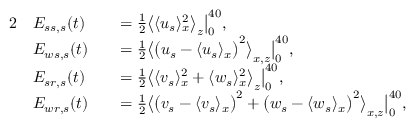
\begin{array} { r l r l } { { 2 } } & { E _ { s s , s } ( t ) } & & { = \frac { 1 } { 2 } \big \langle \langle u _ { s } \rangle _ { x } ^ { 2 } \big \rangle _ { z } \big | _ { 0 } ^ { 4 0 } , } \\ & { E _ { w s , s } ( t ) } & & { = \frac { 1 } { 2 } \big \langle \big ( u _ { s } - \langle u _ { s } \rangle _ { x } \big ) ^ { 2 } \big \rangle _ { x , z } \big | _ { 0 } ^ { 4 0 } , } \\ & { E _ { s r , s } ( t ) } & & { = \frac { 1 } { 2 } \big \langle \langle v _ { s } \rangle _ { x } ^ { 2 } + \langle w _ { s } \rangle _ { x } ^ { 2 } \big \rangle _ { z } \big | _ { 0 } ^ { 4 0 } , } \\ & { E _ { w r , s } ( t ) } & & { = \frac { 1 } { 2 } \big \langle \big ( v _ { s } - \langle v _ { s } \rangle _ { x } \big ) ^ { 2 } + \big ( w _ { s } - \langle w _ { s } \rangle _ { x } \big ) ^ { 2 } \big \rangle _ { x , z } \big | _ { 0 } ^ { 4 0 } , } \end{array}